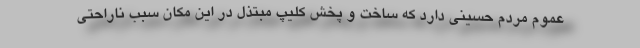
عموم مردم حسینی دارد که ساخت و پخش کلیپ مبتذل در این مکان سبب ناراحتی